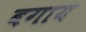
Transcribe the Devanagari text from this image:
बगाय